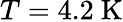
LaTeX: T=4.2~\mathrm{K}